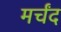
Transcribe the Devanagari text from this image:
मर्चंद